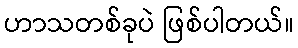
ဟာသတစ်ခုပဲ ဖြစ်ပါတယ်။